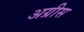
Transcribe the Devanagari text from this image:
अग्रीस